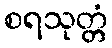
စရသုတ္တံ